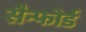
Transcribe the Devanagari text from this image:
सैन्फोर्ड